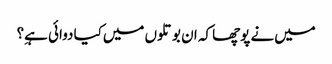
میں‌نے پوچھا کہ ان بوتلوں میں‌کیا دوائی ہےِ؟